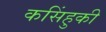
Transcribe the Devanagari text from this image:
कसिंहुकी